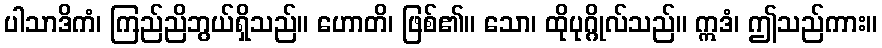
ပါသာဒိကံ၊ ကြည်ညိဘွယ်ရှိသည်။ ဟောတိ၊ ဖြစ်၏။ သော၊ ထိုပုဂ္ဂိုလ်သည်။ ဣဒံ၊ ဤသည်ကား။